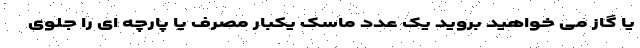
یا گاز می خواهید بروید یک عدد ماسک یکبار مصرف یا پارچه ای را جلوی